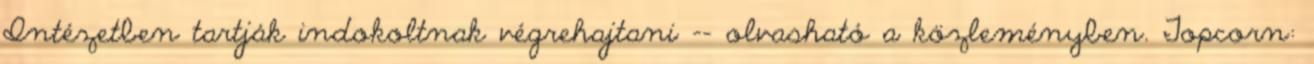
Intézetben tartják indokoltnak végrehajtani –- olvasható a közleményben. Topcorn: